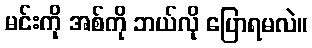
မင်းကို အစ်ကို ဘယ်လို ပြောရမလဲ။